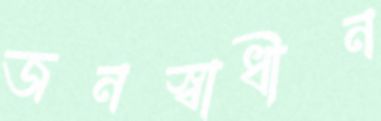
জনস্বাধীন